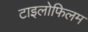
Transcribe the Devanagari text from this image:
टाइलोफिलम